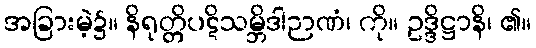
အခြားမဲ့၌။ နိရုတ္တိပဋိသမ္ဘိဒါဉာဏံ၊ ကို။ ဥဒ္ဒိဋ္ဌာနိ၊ ၏။